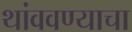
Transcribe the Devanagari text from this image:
थांववण्याचा